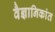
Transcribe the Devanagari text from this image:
वैज्ञानिकांत